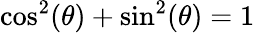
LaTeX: \cos^{2}(\theta)+\sin^{2}(\theta)=1